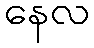
နေလ